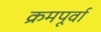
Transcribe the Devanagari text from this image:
क्रमपूर्वा